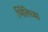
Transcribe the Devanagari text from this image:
भिंतिच्या